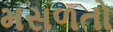
મસળતો